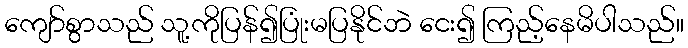
ကျော်စွာသည် သူ့ကိုပြန်၍ပြုံးမပြနိုင်ဘဲ ငေး၍ ကြည့်နေမိပါသည်။